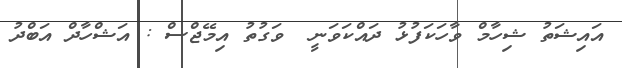
އައިޝަތު ޝިހާމް ވާހަކަފުޅު ދައްކަވަނީ  ވަގުތު އިމޭޖްސް : އަޝްހާދް އަބްދު